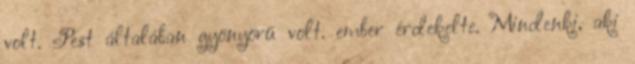
volt. Pest általában gyönyörű volt. ember érdekelte. Mindenki, aki